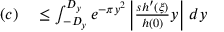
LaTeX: \begin{array} { r l } { ( c ) } & { { } \leq \int _ { - D _ { y } } ^ { D _ { y } } e ^ { - \pi y ^ { 2 } } \left| { \frac { s h ^ { \prime } ( \xi ) } { h ( 0 ) } } y \right| \, d y } \end{array}